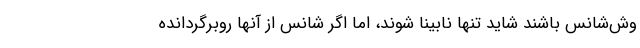
وش‌شانس باشند شاید تنها نابینا شوند، اما اگر شانس از آنها روبرگردانده